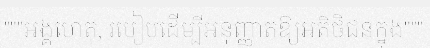
"""អង្គហេតុ, របៀបដើម្បីអនុញ្ញាតឱ្យអតិថិជនក្នុង"""